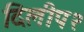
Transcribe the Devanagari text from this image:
दिलीप२